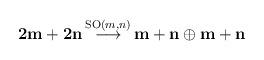
LaTeX: \begin{align*}{\bf {2m+2n}} \, {\stackrel{\mathrm{SO}(m,n)}{\longrightarrow}} \, {\bf {m+n}} \oplus {\bf { m+n}} \end{align*}